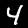
Digit: 4